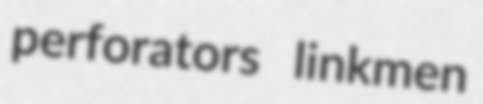
perforators linkmen